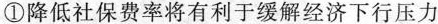
①降低社保费率将有利于缓解经济下行压力